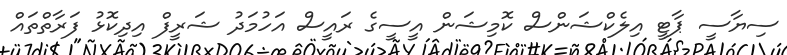
ސިޔާސީ ޕާޓީ އިލެކްޝަންސް ކޮމިޝަން އީސީގެ ރައީސް އަހުމަދު ޝަރީފް އިދިކޮޅު ފަރާތްތައް